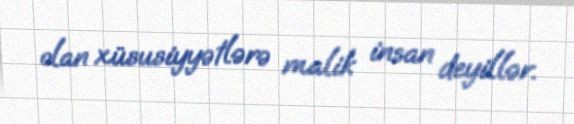
olan xüsusiyyətlərə malik insan deyillər.